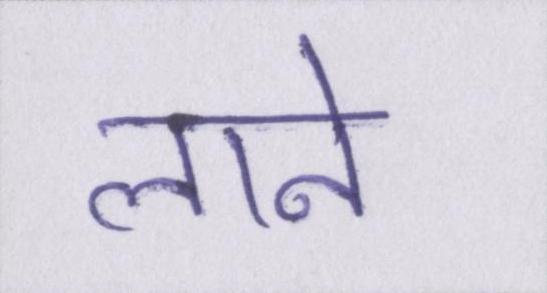
लाने